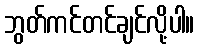
ဘွတ်ကင်တင်ချင်လို့ပါ။